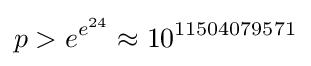
p>e^{e^{24}}\approx 10^{11504079571}